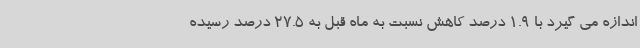
اندازه می گیرد با 1.9 درصد کاهش نسبت به ماه قبل به 27.5 درصد رسیده